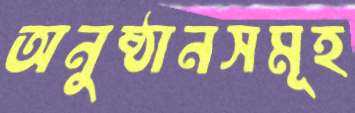
অনুষ্ঠানসমূহ